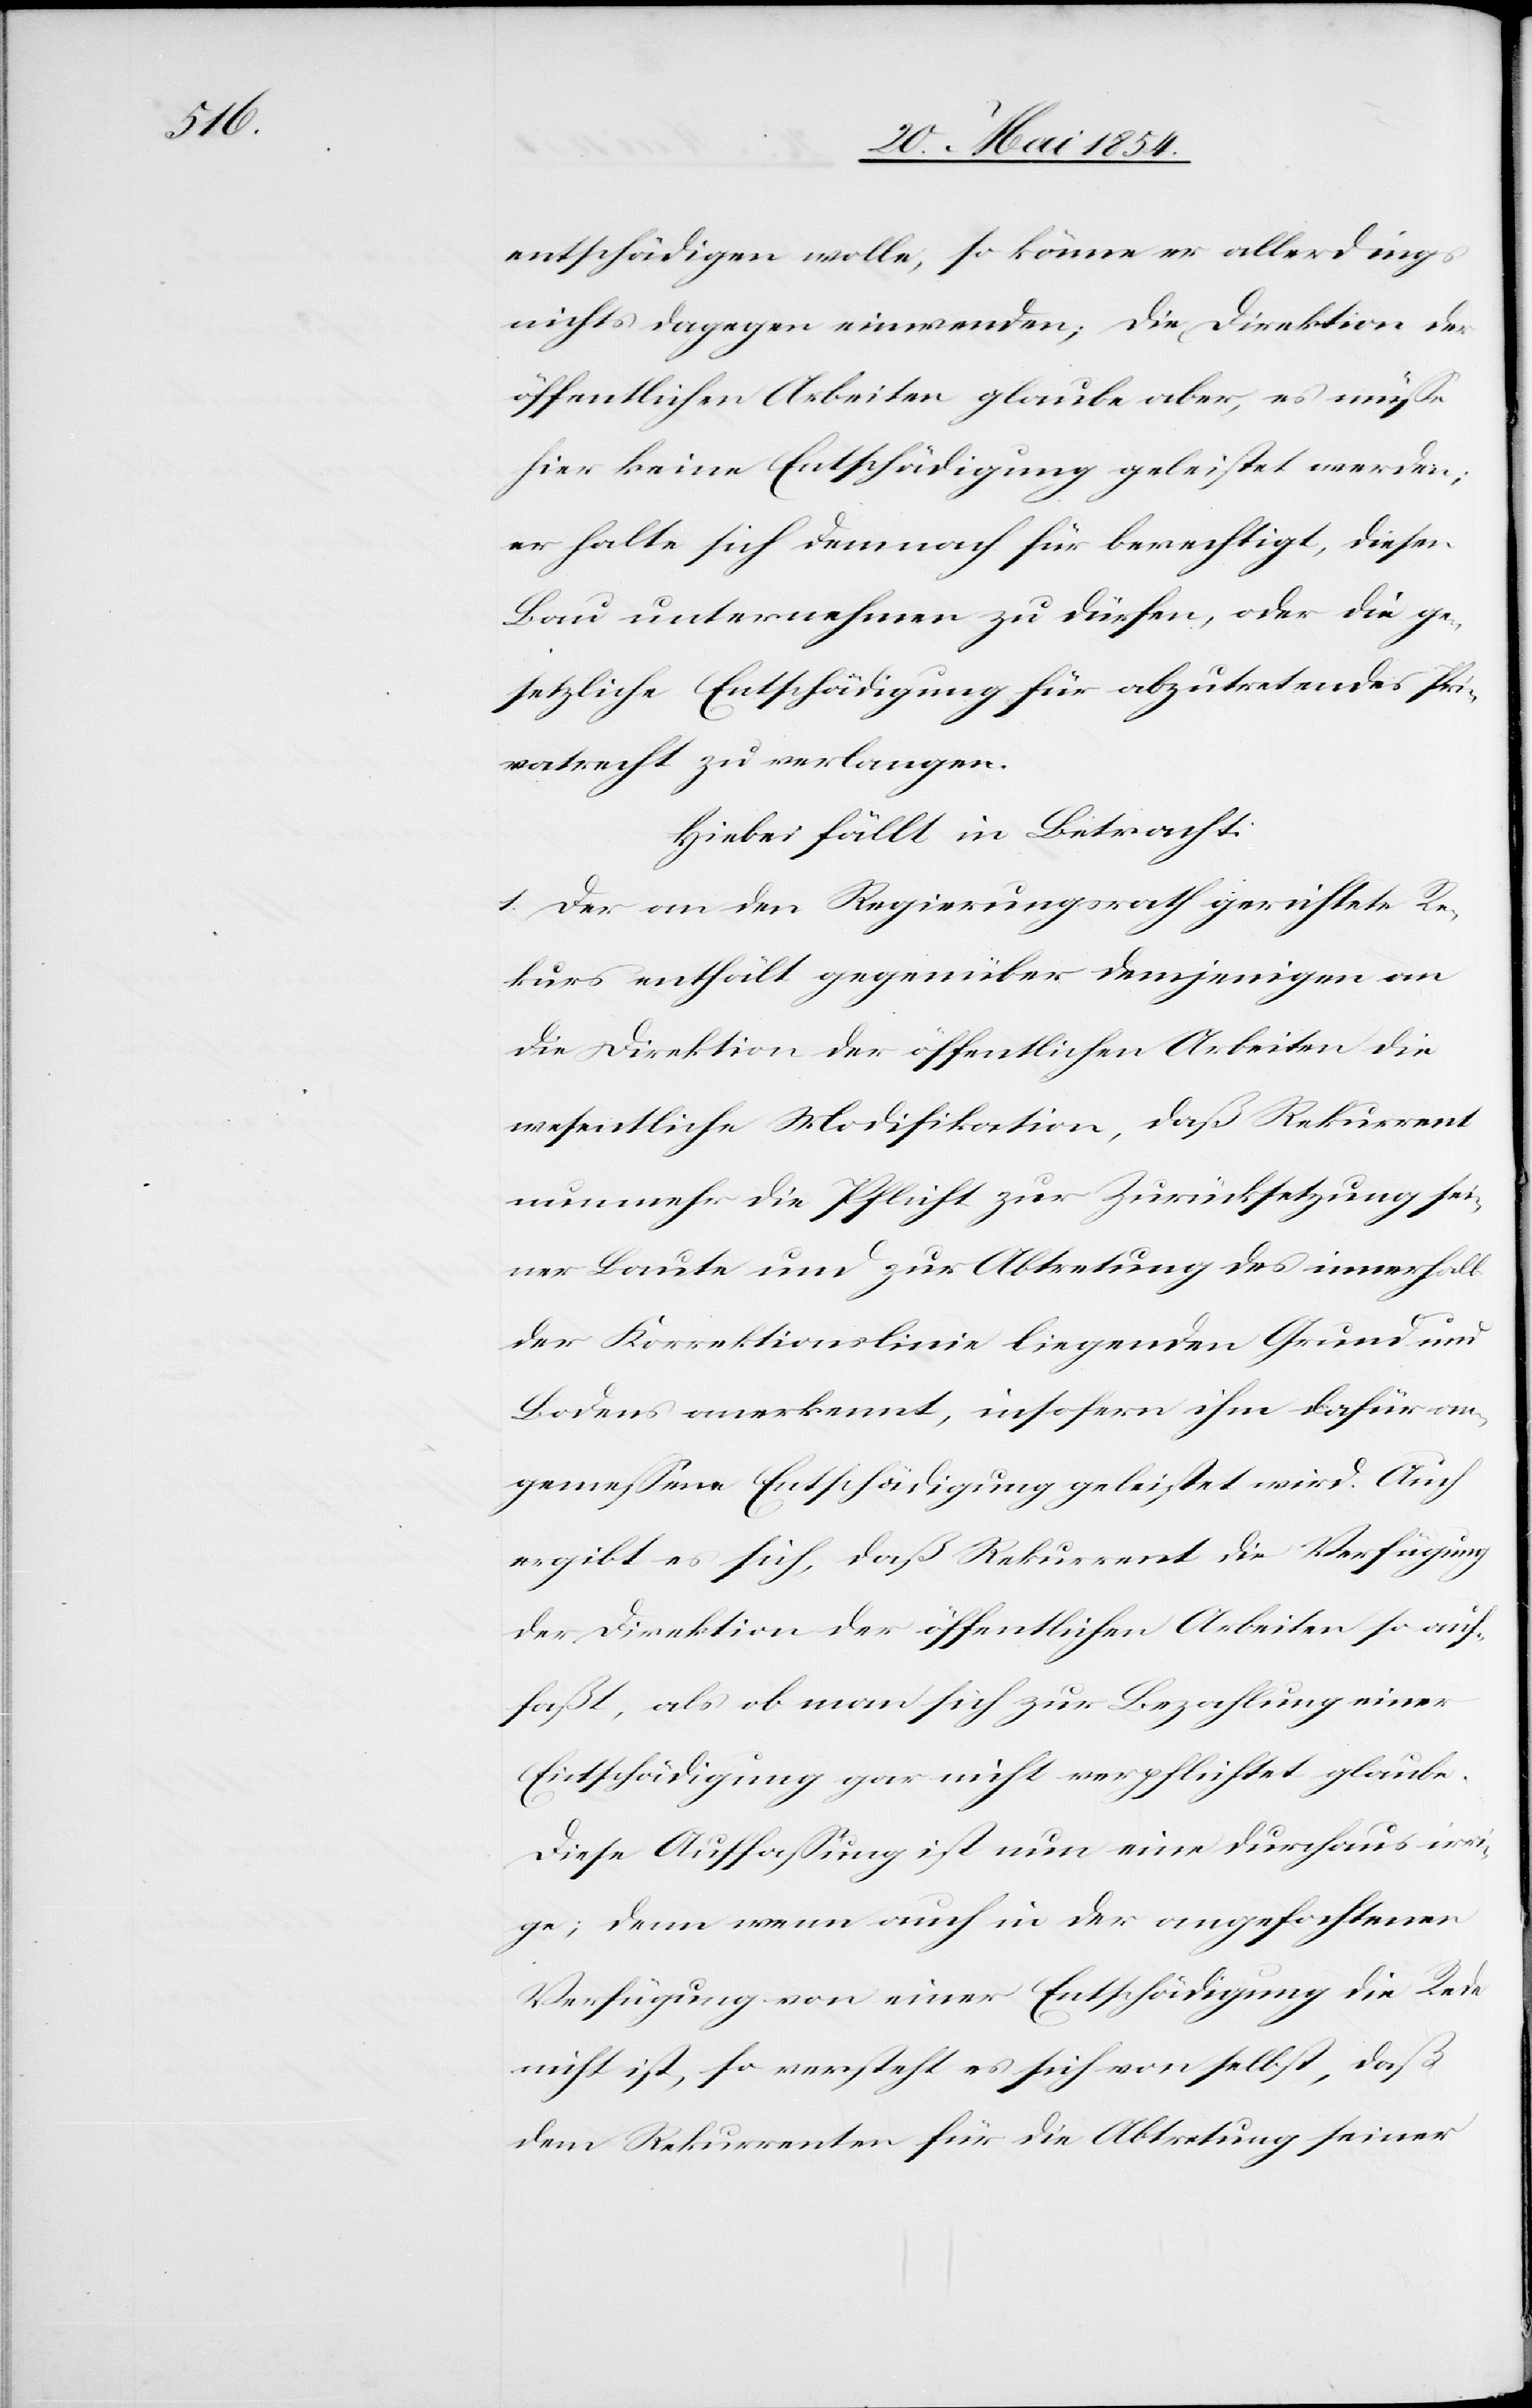
entschädigen wolle, so könne er allerdings
nichts dagegen einwenden; die Direktion der
öffentlichen Arbeiten glaube aber, es müße
hier keine Entschädigung geleistet werden;
er halte sich demnach für berechtigt, diesen
Bau unternehmen zu dürfen, oder die ge¬
setzliche Entschädigung für abzutretendes Pri¬
vatrecht zu verlangen.
Hiebei fällt in Betracht:
1. Der an den Regierungsrath gerichtete Re¬
kurs enthält gegenüber demjenigen an
die Direktion der öffentlichen Arbeiten die
wesentliche Modifikation, daß Rekurrent
nunmehr die Pflicht zur Zurücksetzung sei¬
ner Baute und zur Abtretung des innerhalb
der Korrektionslinie liegenden Grund und
Bodens anerkennt, insofern ihm dafür an¬
gemeßene Entschädigung geleistet wird. Auch
ergibt es sich, daß Rekurrent die Verfügung
der Direktion der öffentlichen Arbeiten so auf¬
faßt, als ob man sich zur Bezahlung einer
Entschädigung gar nicht verpflichtet glaube.
Diese Auffaßung ist nun eine durchaus irri¬
ge; denn wenn auch in der angefochtenen
Verfügung von einer Entschädigung die Rede
nicht ist, so versteht es sich von selbst, daß
dem Rekurrenten für die Abtretung seiner